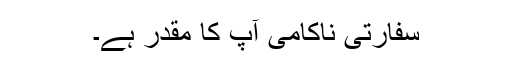
سفارتی ناکامی آپ کا مقدر ہے۔